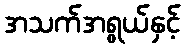
အသက်အရွယ်နှင့်